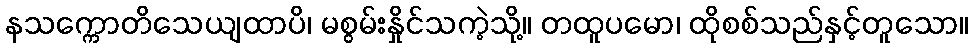
နသက္ကောတိသေယျထာပိ၊ မစွမ်းနှိုင်သကဲ့သို့။ တထူပမော၊ ထိုစစ်သည်နှင့်တူသော။